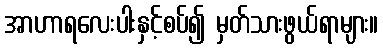
အာဟာရလေးပါးနှင့်စပ်၍ မှတ်သားဖွယ်ရာများ။